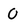
Character: O